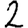
Digit: 2